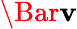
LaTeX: \Bar{\mathbf{v}}